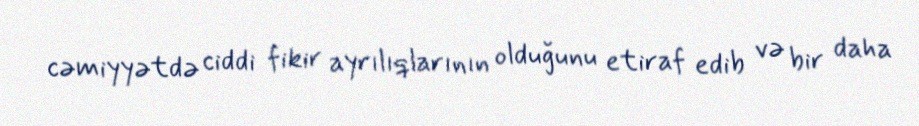
cəmiyyətdə ciddi fikir ayrılıqlarının olduğunu etiraf edib və bir daha